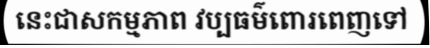
នេះជាសកម្មភាព វប្បធម៌ពោរពេញទៅ